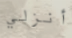
أنزلي